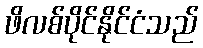
ဖိလစ်ပိုင်နိုင်ငံသည်